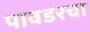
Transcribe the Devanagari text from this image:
पावडरचा